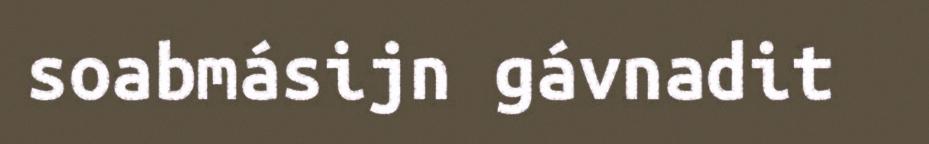
soabmásijn gávnadit